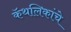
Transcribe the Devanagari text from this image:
कॅथलिकांचे